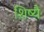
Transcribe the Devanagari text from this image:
शिष्यै